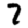
Digit: 7